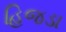
હિજડા